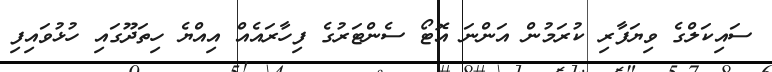
ސައިކަލްގެ ވިޔަފާރި ކުރަމުން އަންނަ އޮޓޯ ސެންޓަރުގެ ފިހާރައެއް އިއްޔެ ހިތަދޫގައި ހުޅުވައިފި